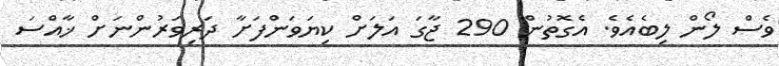
ވެސް ލޯން ލިބެއެވެ. އެގޮތުން 290 ޖާގަ އަލަށް ކިޔަވަންފަށާ ދަރިވަރުންނަށް ޚާއްސަ